Preliminary report on the killing of rats and rat fleas by hydrocyanic acid gas - Number 38
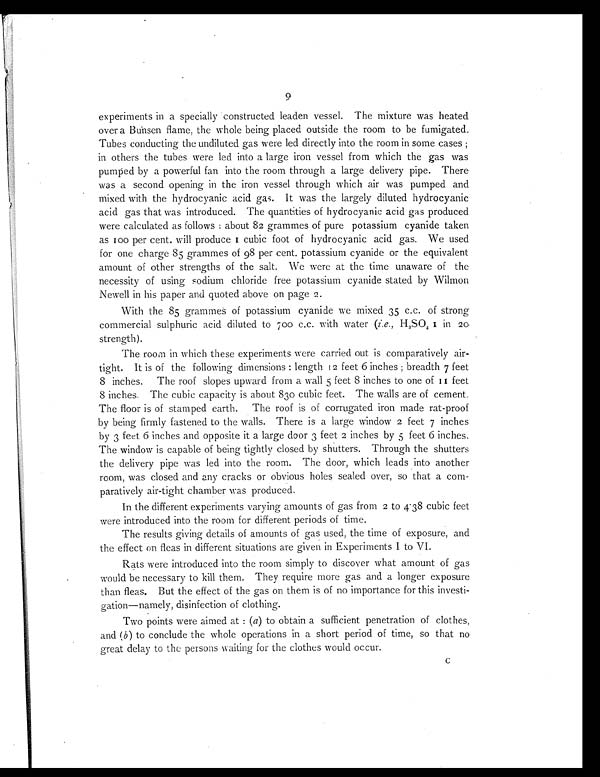
9
experiments in a specially constructed leaden vessel. The mixture was heated
over a Bunsen flame, the whole being placed outside the room to be fumigated,
Tubes conducting the undiluted gas were led directly into the room in some cases ;
in others the tubes were led into a large iron vessel from which the gas was
pumped by a powerful fan into the room through a large delivery pipe. There
was a second opening in the iron vessel through which air was pumped and
mixed with the hydrocyanic acid gas. It was the largely diluted hydrocyanic
acid gas that was introduced. The quantities of hydrocyanic acid gas produced
were calculated as follows : about 82 grammes of pure potassium cyanide taken
as 100 per cent. will produce I cubic foot of hydrocyanic acid gas. We used
for one charge 85 grammes of 98 per cent. potassium cyanide or the equivalent
amount of other strengths of the salt. We were at the time unaware of the
necessity of using sodium chloride free potassium cyanide stated by Wilmon
Newell in his paper and quoted above on page 2.
With the 85 grammes of potassium cyanide we mixed 35 c.c. of strong
commercial sulphuric acid diluted to 700 c.c. with water ( i.e., H2SO4 1i n
2 0
strength).
The room in which these experiments were carried out is comparatively air-
tight. It is of the following dimensions : length 12 feet 6 inches ; breadth 7 feet
8 inches. The roof slopes upward from a wall 5 feet 8 inches to one of 11 feet
8 inches. The cubic capacity is about 830 cubic feet. The walls are of cement.
The floor is of stamped earth. The roof is of corrugated iron made rat-proof
by being firmly fastened to the walls. There is a large window 2 feet 7 inches
by 3 feet 6 inches and opposite it a large door 3 feet 2 inches by 5 feet 6 inches.
The window is capable of being tightly closed by shutters. Through the shutters
the delivery pipe was led into the room. The door, which leads into another
room, was closed and any cracks or obvious holes sealed over, so that a com-
paratively air-tight chamber was produced.
In the different experiments varying amounts of gas from 2 to 4.38 cubic feet
were introduced into the room for different periods of time.
The results giving details of amounts of gas used, the time of exposure, and
the effect on fleas in different situations are given in Experiments I to VI.
Rats were introduced into the room simply to discover what amount of gas
would be necessary to kill them. They require more gas and a longer exposure
than fleas. But the effect of the gas on them is of no importance for this investi-
gation—namely, disinfection of clothing.
Two points were aimed at : (a) to obtain a sufficient penetration of clothes,
and (b) to conclude the whole operations in a short period of time, so that no
great delay to the persons waiting for the clothes would occur.